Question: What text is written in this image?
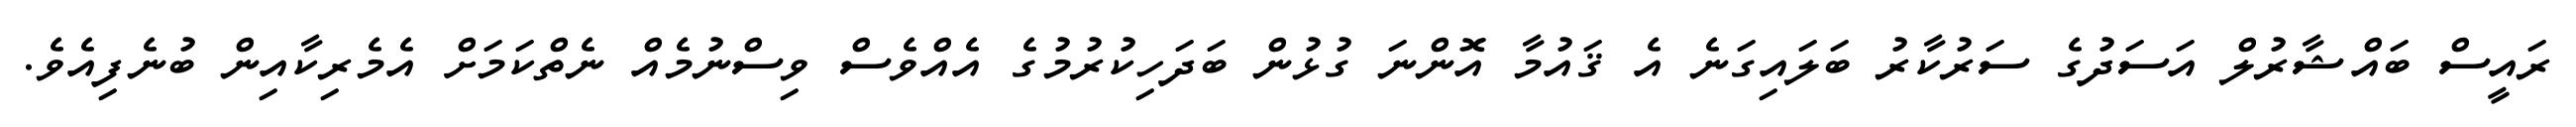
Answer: ރައީސް ބައްޝާރުލް އަސަދުގެ ސަރުކާރު ބަލައިގަނެ އެ ޤައުމާ އޮންނަ ގުޅުން ބަދަހިކުރުމުގެ އެއްވެސް ވިސްނުމެއް ނެތްކަމަށް އެމެރިކާއިން ބުނެފިއެވެ.